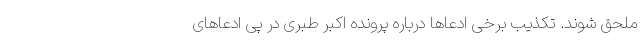
ملحق شوند. تکذیب برخی ادعاها درباره پرونده اکبر طبری در پی ادعاهای